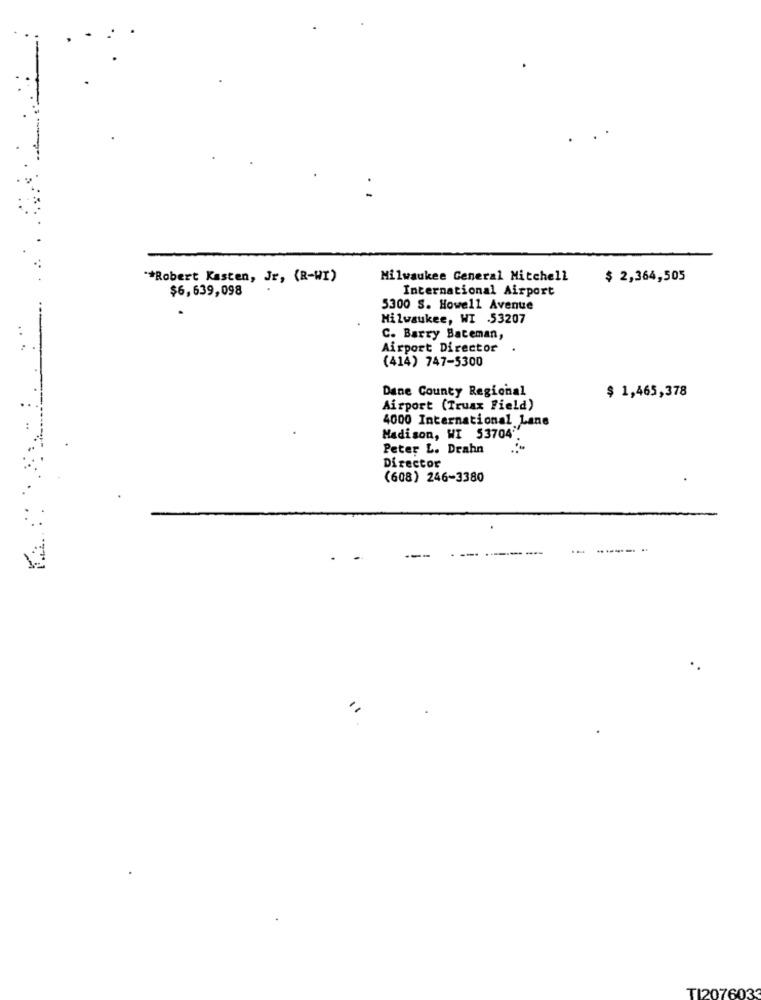
** Robert Kasten, Jr, (R-WI)
Milwaukee General Mitchell
$ 2,364,505
$6,639,098
International Airport
5300 S. Howell Avenue
Milwaukee, WI .53207
C. Barry Bateman,
Airport Director
.
.. .
(414) 747-5300
Dane County Regional
$ 1,465,378
Airport (Truax Field)
4000 International Lane
Madison, WI 53704"
Peter L. Drahn
Director
(608) 246-3380
TI207603